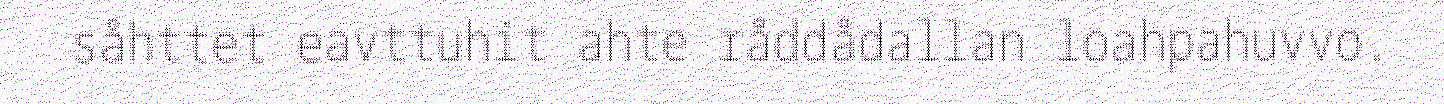
såhttet eavttuhit ahte råddådallan loahpahuvvo.